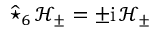
\widehat { \star } _ { 6 } \, { \mathcal { H } } _ { \pm } = \pm \mathrm { i } \, { \mathcal { H } } _ { \pm }